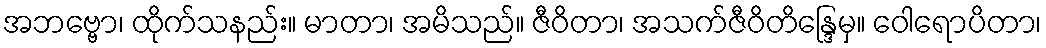
အဘဗ္ဗော၊ ထိုက်သနည်း။ မာတာ၊ အမိသည်။ ဇီဝိတာ၊ အသက်ဇီဝိတိန္ဒြေမှ။ ဝေါရောပိတာ၊